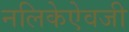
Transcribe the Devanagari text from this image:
नलिकेऐवजी